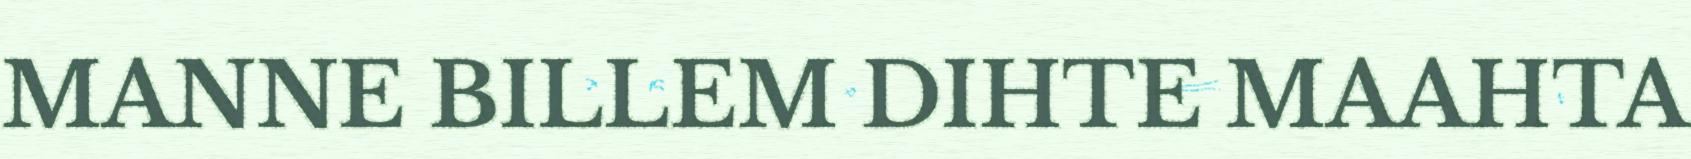
MANNE BILLEM DIHTE MAAHTA